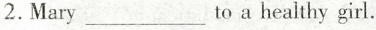
2.Mary___to a healthy girl.